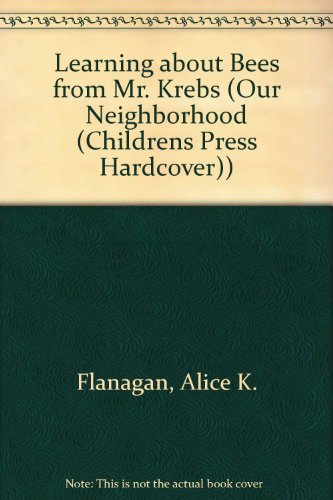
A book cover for Learning about Bees from Mr. Krebs (Our Neighborhood (Childrens Press Hardcover)); Alice K. Flanagan; Children's Books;